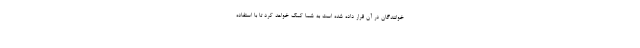
خوانندگان در آن قرار داده شده است به شما کمک خواهد کرد تا با استفاده